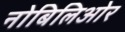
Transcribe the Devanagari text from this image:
नोबिलिओर